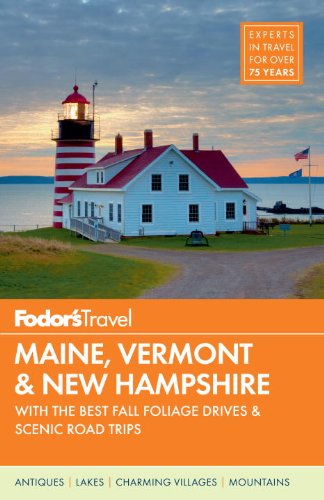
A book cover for Fodor's Maine, Vermont & New Hampshire: with the Best Fall Foliage Drives & Scenic Road Trips (Full-color Travel Guide); Fodor's; Travel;